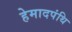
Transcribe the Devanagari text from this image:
हेमादपंथि